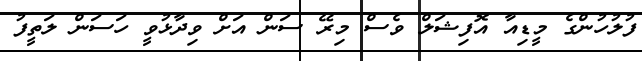
ފުލުހުންގެ މީޑިއާ އޮފިޝަލް ވެސް މިރޭ ސަން އަށް ވިދާޅުވީ ހަސަން ލަތީފު